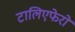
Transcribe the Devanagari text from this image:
टालिएफेरो